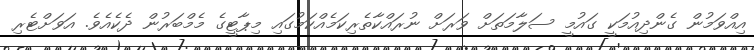
އިއްވަމުން ގެންދިއުމަކީ ގައުމީ ސަލާމަތަށް ވަރަށް ނުރައްކާތެރިކަމެއްކަމުގައި މިޕާޓީގެ މެމްބަރުން ދެކެއެވެ. އަވަށްޓެރި